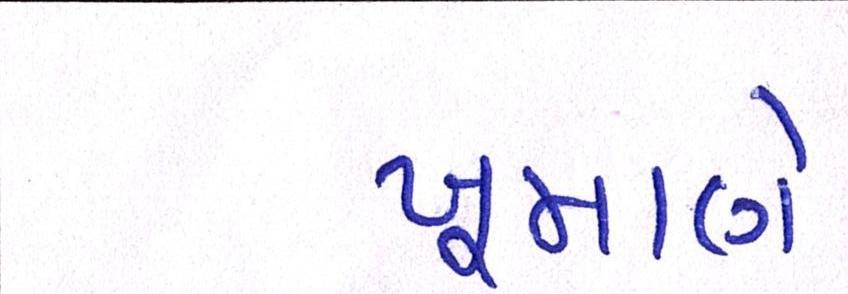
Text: ખૂમાણે